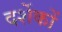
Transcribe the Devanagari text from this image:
दर्शेकों